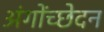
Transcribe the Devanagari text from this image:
अंगोंच्छेदन